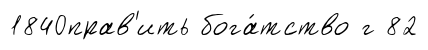
1840прав'ить бога́тство г 82